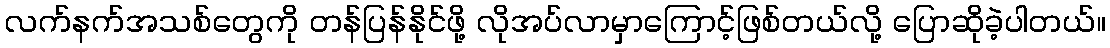
လက်နက်အသစ်တွေကို တန်ပြန်နိုင်ဖို့ လိုအပ်လာမှာကြောင့်ဖြစ်တယ်လို့ ပြောဆိုခဲ့ပါတယ်။